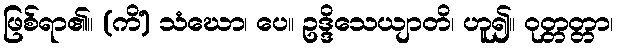
ဖြစ်ရာ၏။ (ကိံ) သံဃော၊ ပေ။ ဥဒ္ဒိသေယျာတိ၊ ဟူ၍။ ဝုတ္တတ္တာ၊